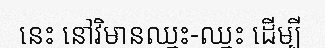
នេះ នៅវិមានឈ្នះ-ឈ្នះ ដើម្បី